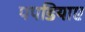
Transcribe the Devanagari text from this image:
पपडियाए